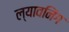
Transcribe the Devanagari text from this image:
ल्यावनिंग